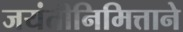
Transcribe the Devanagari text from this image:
जयंतीनिमित्ताने